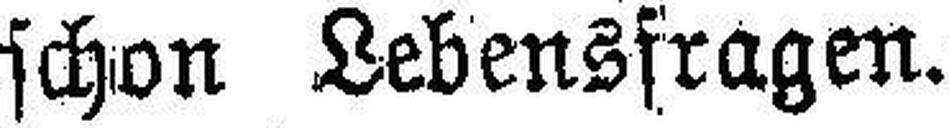
schon Lebensfragen.